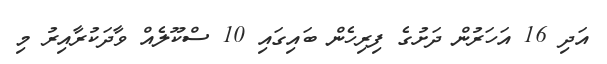
އަދި 16 އަހަރުން ދަށުގެ ފިރިހެން ބައިގައި 10 ސްކޫލެއް ވާދަކުރާއިރު މި